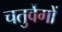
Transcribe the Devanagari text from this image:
चतुर्वेगों